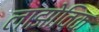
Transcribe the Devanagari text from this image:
लाझोविक